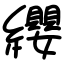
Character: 纓